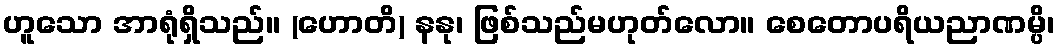
ဟူသော အာရုံရှိသည်။ (ဟောတိ) နနု၊ ဖြစ်သည်မဟုတ်လော။ စေတောပရိယညာဏမ္ပိ၊